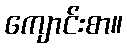
ကျောင်းစာ။